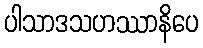
ပါသာဒသဟဿာနိပေ